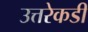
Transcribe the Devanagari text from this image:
उत्तरेकडी